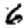
Digit: 6